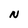
Character: N